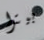
بيترا